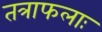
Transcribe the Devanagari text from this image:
तत्राफलाः